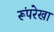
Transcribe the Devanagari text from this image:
रूंपरेखा